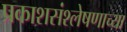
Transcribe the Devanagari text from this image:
प्रकाशसंश्लेषणाच्या